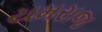
યમરાજ